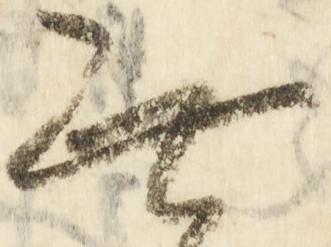
無